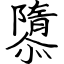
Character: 隳